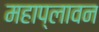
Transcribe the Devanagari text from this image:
महाप्लावन